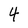
Character: 4